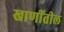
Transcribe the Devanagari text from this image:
खाणींतील